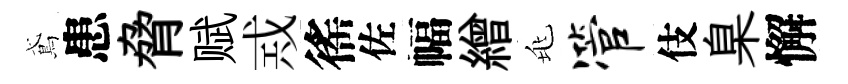
鳶患脅赋𢦶徭佐幅繒兆管伎臬懈